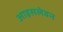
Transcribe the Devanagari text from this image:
आइसलेवन